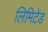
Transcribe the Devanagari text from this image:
लिमिटेड